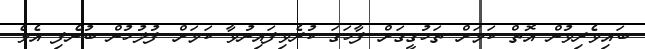
ބައިވެރިވުން އޮތް ކަމަށް ތަހުގީގަށް ފާހަގަ ކުރެވިފައިނުވާ ކަމަށް ފުލުހުން ބުނެފި އެވެ.